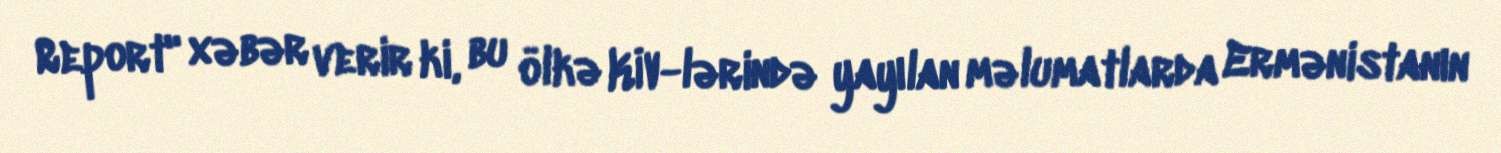
Report" xəbər verir ki, bu ölkə KİV-lərində yayılan məlumatlarda Ermənistanın